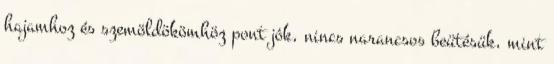
hajamhoz és szemöldökömhöz pont jók, nincs narancsos beütésük, mint